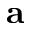
{ \bf a }